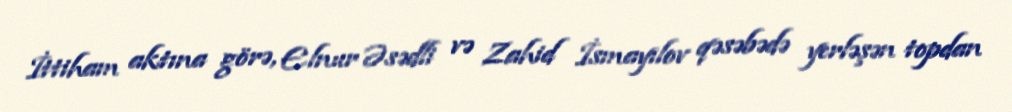
İttiham aktına görə, Elnur Əsədli və Zahid İsmayılov qəsəbədə yerləşən topdan